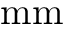
\mathrm { m m }